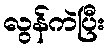
လွန်ကဲပြီး